Vaccination in Bombay 1924-1928 - 1924-1928
Year: 1924
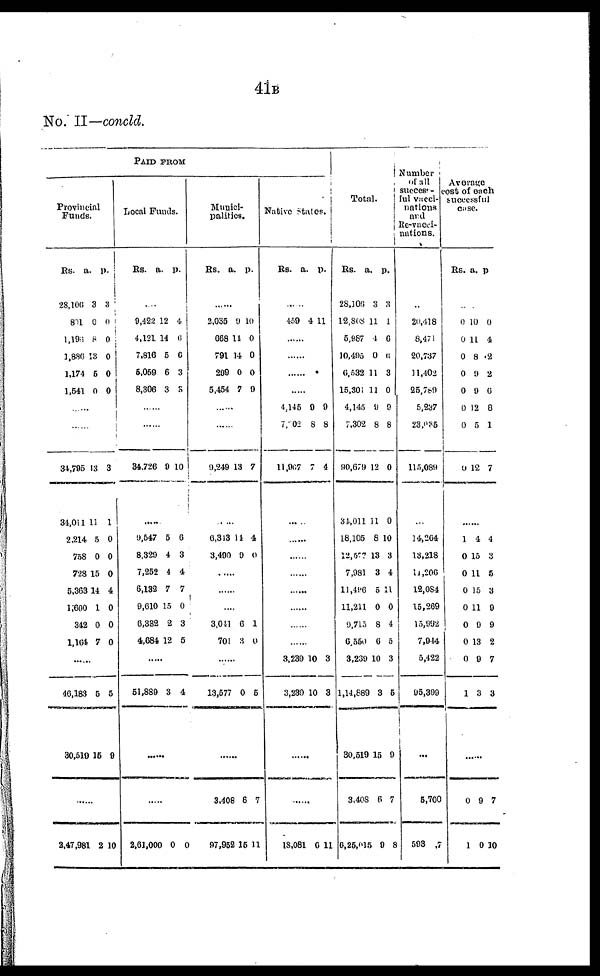
41B
No. II—concld.
PAID FROM
Provincial
Funds.
Rs.
28,106
801
1,196
1,886
1,174
1,541
a.
3
0
8
13
5
0
p.
3
0
0
0
0
0
......
......
31,795
34,011
2,214
758
728
5,363
1,600
342
1,164
13
11
5
0
15
14
1
0
7
3
1
0
0
0
4
0
0
0
......
46,183
30,510
5
15
5
9
......
2,47,981 2 10
Local Funds.
Rs.
a. p.
......
9,422
4,121
7,816
5,059
8,306
12
14
5
6
3
4
6
6
3
3
......
......
34,726 9 10
......
9,547
8,329
7,252
6,132
9,610
6,332
4,684
5
4
4
7
15
2
12
6
3
4
7
0
3
5
......
51,889 3 4
......
......
2,61,000 0 0
Munici-
palities.
Rs.
a. p.
......
2,035
668
791
299
5,454
9
14
14
0
7
10
0
0
0
9
......
......
9,249 13 7
......
6,313
3,490
14
9
4
0
......
......
......
3,041
701
6
3
1
0
......
13,577 0 5
......
3,408
97,952
6
15
7
11
Native states.
Rs.
a. p.
......
459 4 11
......
......
......
......
4,145
7,002
11,907
9
8
7
9
8
4
......
......
......
......
......
......
......
......
3,239
3,239
10
10
3
3
......
......
18,081 6 11
Total.
Rs.
28,106
12,808
5,987
10,495
6,532
15,301
4,145
7,302
90,679
34,011
18,105
12,577
7,981
11,496
11,211
9,715
6,550
3,239
1,14,889
30,519
3,408
6,25,015
a.
3
11
4
0
11
11
9
8
12
11
8
13
3
5
0
8
6
10
3
15
6
9
p.
3
1
6
6
3
0
9
8
0
0
10
3
4
11
0
4
5
3
5
9
7
8
Number
of all
success¬
ful vacci-
nations
and
Re-vacci¬
nations.
...
20,418
8,471
20,737
11,402
25,789
5,237
23,035
115,089
...
14,264
13,218
11,206
12,084
15,269
15,992
7,944
5,422
95,399
...
5,700
593
7
Average
cost of each
successful
case.
Rs. a. p.
......
0
0
0
0
0
0
0
0
10
11
8
9
9
12
5
12
0
4
2
2
6
8
1
7
......
1
0
0
0
0
0
0
0
1
4
15
11
15
11
9
13
9
3
4
3
5
3
9
9
2
7
3
......
0
1
9
0
7
10